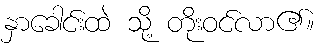
နှာခေါင်းထဲ သို့ တိုးဝင်လာ၏။